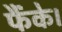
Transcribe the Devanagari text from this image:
फैंके।